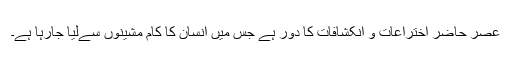
عصر حاضر اختراعات و انکشافات کا دور ہے جس میں انسان کا کام مشینوں سےلیا جارہا ہے۔